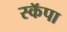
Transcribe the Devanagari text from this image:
स्कॅपा